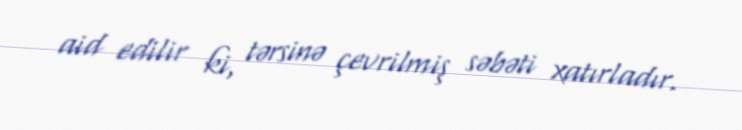
aid edilir ki, tərsinə çevrilmiş səbəti xatırladır.